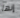
إنها